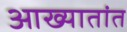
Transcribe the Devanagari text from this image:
आख्यातांत